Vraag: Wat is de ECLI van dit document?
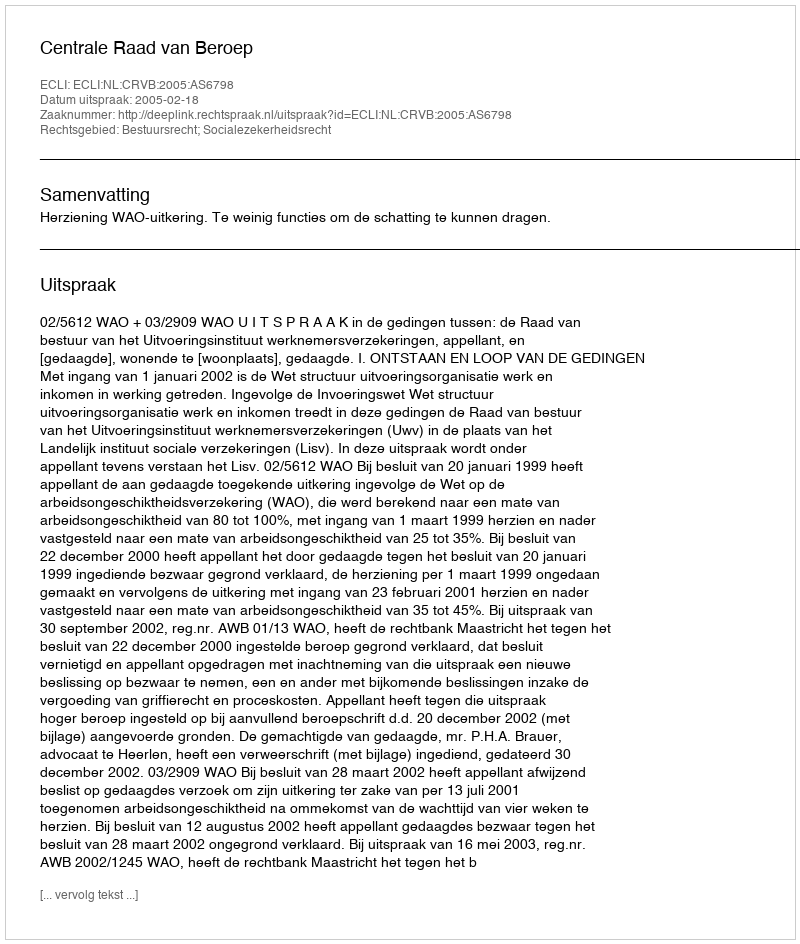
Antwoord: ECLI:NL:CRVB:2005:AS6798